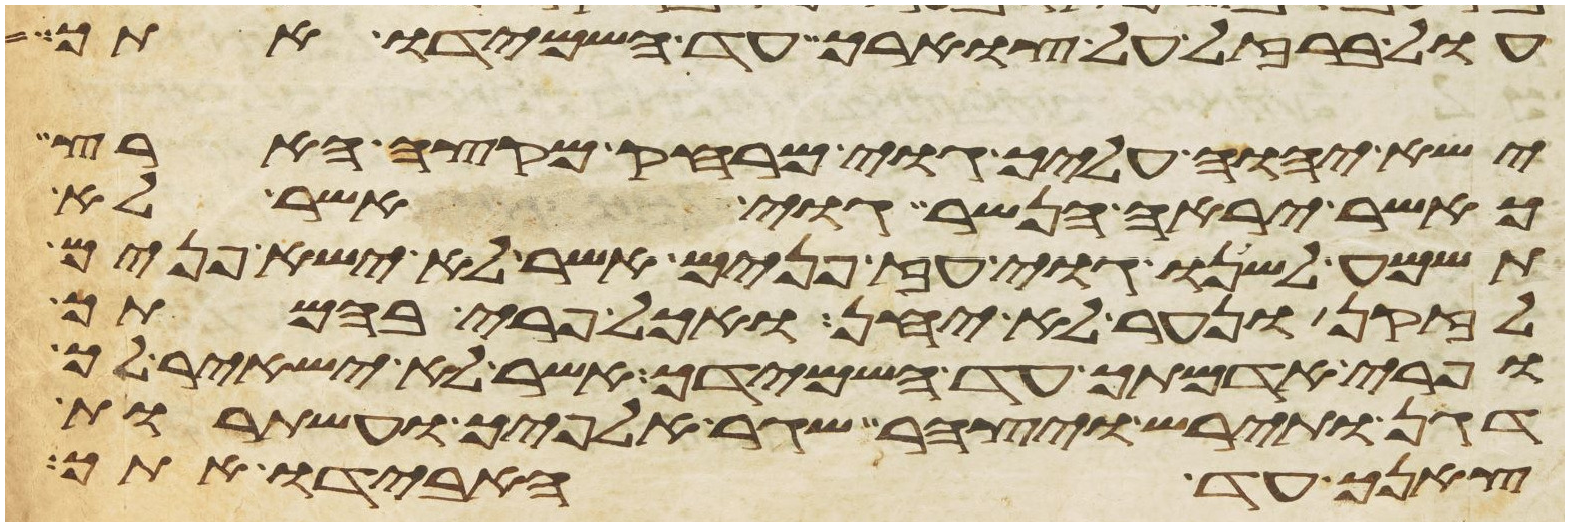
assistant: עול ברזל על צוארך עד השמידו אתך
ישא יהוה עליך גוי מרחק מקצה הארץ
כאשר יראה הנשר גוי אשר לא
תשמע לשנו גוי עז פנים אשר לא ישא פנים
לזקן ונער לא יחן ואכל פרי בהמתך
ופרי אדמתך עד השמידך אשר לא ישאיר לך
דגן ותירש ויצהר שגר אלפיך ועשתרות
צאנך עד אבידו אתך